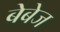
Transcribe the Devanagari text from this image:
बेबेज